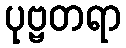
ပုဗ္ဗတရာ